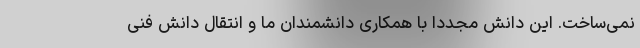
نمی‌ساخت. این دانش مجدداً با همکاری دانشمندان ما و انتقال دانش فنی